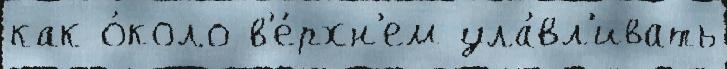
как о́коло в'е́рхн'ем ула́вл'ивать